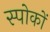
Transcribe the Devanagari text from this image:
स्पोकों